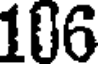
106